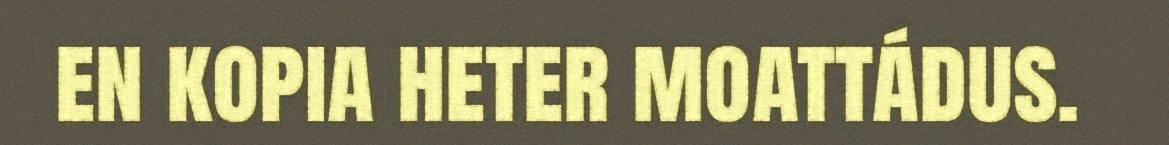
en kopia heter moattádus.